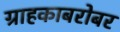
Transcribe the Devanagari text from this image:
ग्राहकाबरोबर